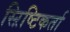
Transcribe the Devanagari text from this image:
स्ऱिष्टिकर्ता